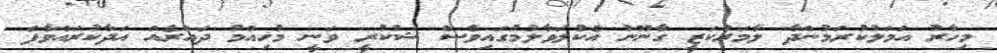
މިހާރު އަމަލުކުރަމުންދާ ލާމަރުކަޒީ ގާނޫނު އެކުލަވާލުމުގައިވެސް ޝުކުރީ ވަނީ މުހިއްމު ދައުރެއް އަދާކުރައްވާފަ